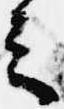
之